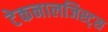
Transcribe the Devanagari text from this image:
टेकनालजिस्ट्‌स